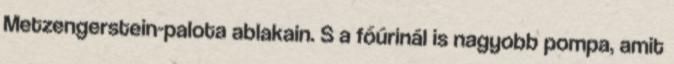
Metzengerstein-palota ablakain. S a főúrinál is nagyobb pompa, amit